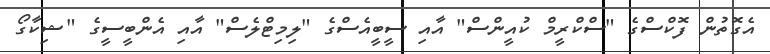
އެގޮތުން ފޮކްސްގެ "ސްކްރީމް ކުއީންސް" އާއި ސީބީއެސްގެ "ލިމިޓްލެސް" އާއި އެންބީސީގެ "ޝިކާގޯ